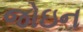
જોઇન